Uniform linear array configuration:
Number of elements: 48
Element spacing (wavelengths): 0.75
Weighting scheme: blackman
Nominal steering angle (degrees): -60
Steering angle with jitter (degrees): -59.589
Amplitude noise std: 0.05
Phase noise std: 0.05

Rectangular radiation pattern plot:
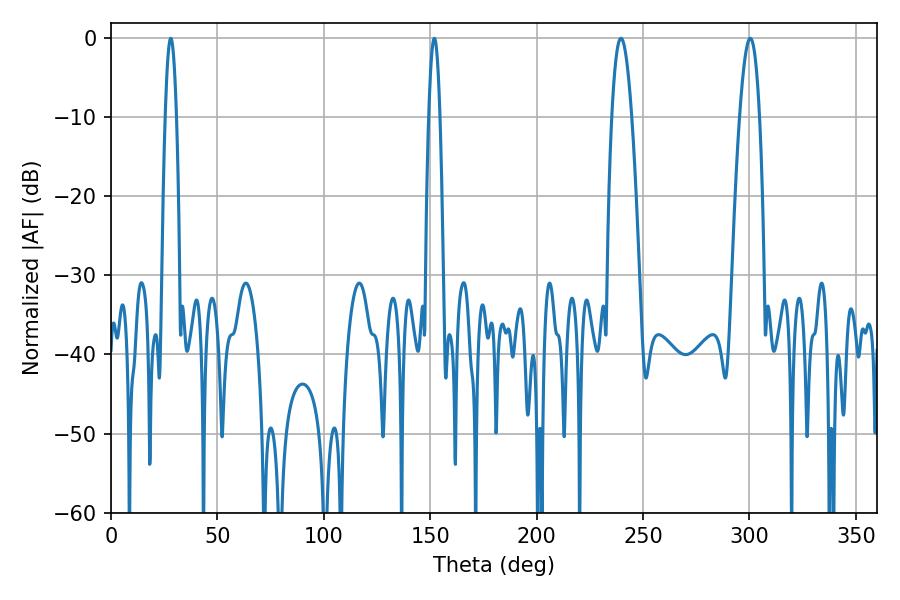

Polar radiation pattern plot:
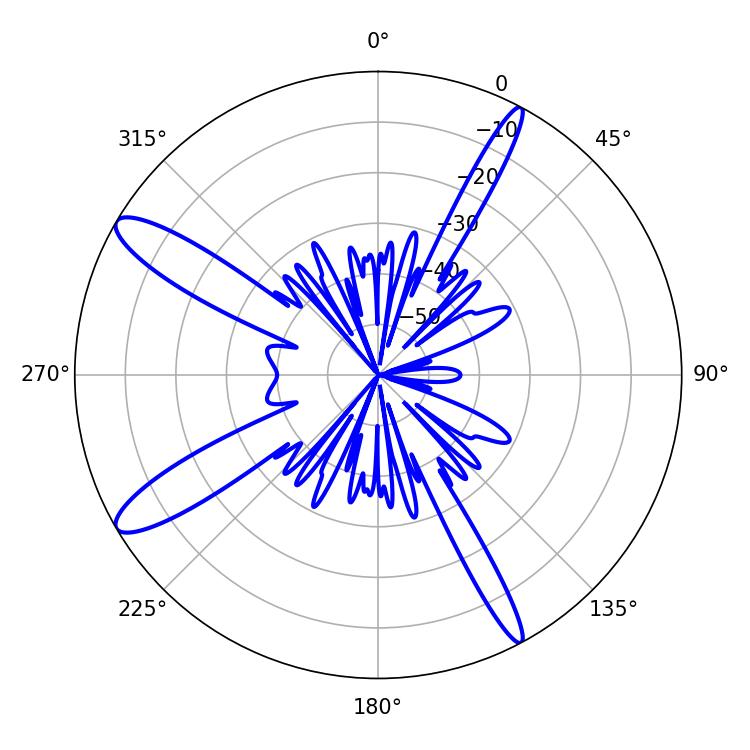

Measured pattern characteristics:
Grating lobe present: TRUE
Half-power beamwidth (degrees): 2.88
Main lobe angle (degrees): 151.92